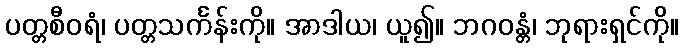
ပတ္တစီဝရံ၊ ပတ္တသင်္ကန်းကို။ အာဒါယ၊ ယူ၍။ ဘဂဝန္တံ၊ ဘုရားရှင်ကို။